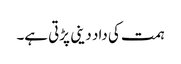
ہمت کی داد دینی پڑتی ہے۔